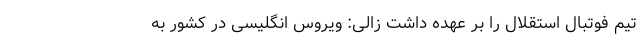
تیم فوتبال استقلال را بر عهده داشت زالی: ویروس انگلیسی در کشور به